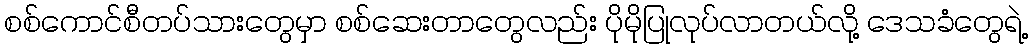
စစ်ကောင်စီတပ်သားတွေမှာ စစ်ဆေးတာတွေလည်း ပိုမိုပြုလုပ်လာတယ်လို့ ဒေသခံတွေရဲ့